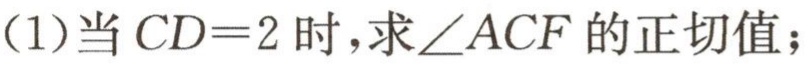
(1)当 \(CD = 2\) 时，求\(\angle ACF\) 的正切值；